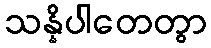
သန္နိပါတေတွာ